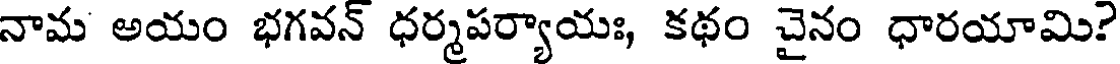
నామ అయం భగవన్ ధర్మపర్యాయః, కథం చైనం ధారయామి?